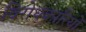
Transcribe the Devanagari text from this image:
विरोधकारियों